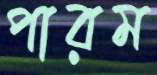
পারম